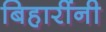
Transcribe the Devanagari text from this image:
बिहारींनी